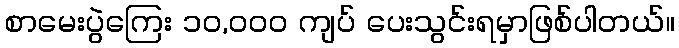
စာမေးပွဲကြေး ၁၀,၀၀၀ ကျပ် ပေးသွင်းရမှာဖြစ်ပါတယ်။